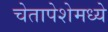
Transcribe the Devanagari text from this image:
चेतापेशेमध्ये